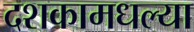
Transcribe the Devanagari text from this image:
दशकामधल्या